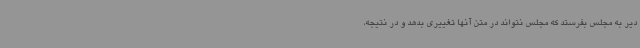
دیر به مجلس بفرستد که مجلس نتواند در متن آنها تغییری بدهد و در نتیجه،